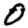
Digit: 0